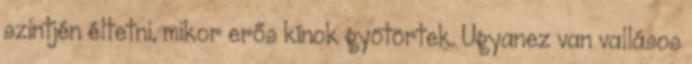
szintjén éltetni, mikor erős kínok gyötörtek. Ugyanez van vallásos